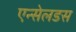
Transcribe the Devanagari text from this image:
एन्सेलडस